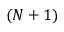
( N + 1 )